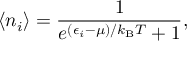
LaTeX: \langle n _ { i } \rangle = { \frac { 1 } { e ^ { ( \epsilon _ { i } - \mu ) / k _ { \mathrm { { B } } } T } + 1 } } ,